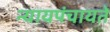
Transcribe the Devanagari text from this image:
न्यायपंचायते